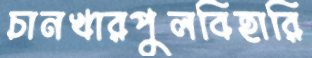
চানখারপুলবিহারি